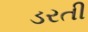
ડરતી